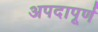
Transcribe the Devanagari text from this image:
अपदापूर्ण